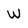
Character: W